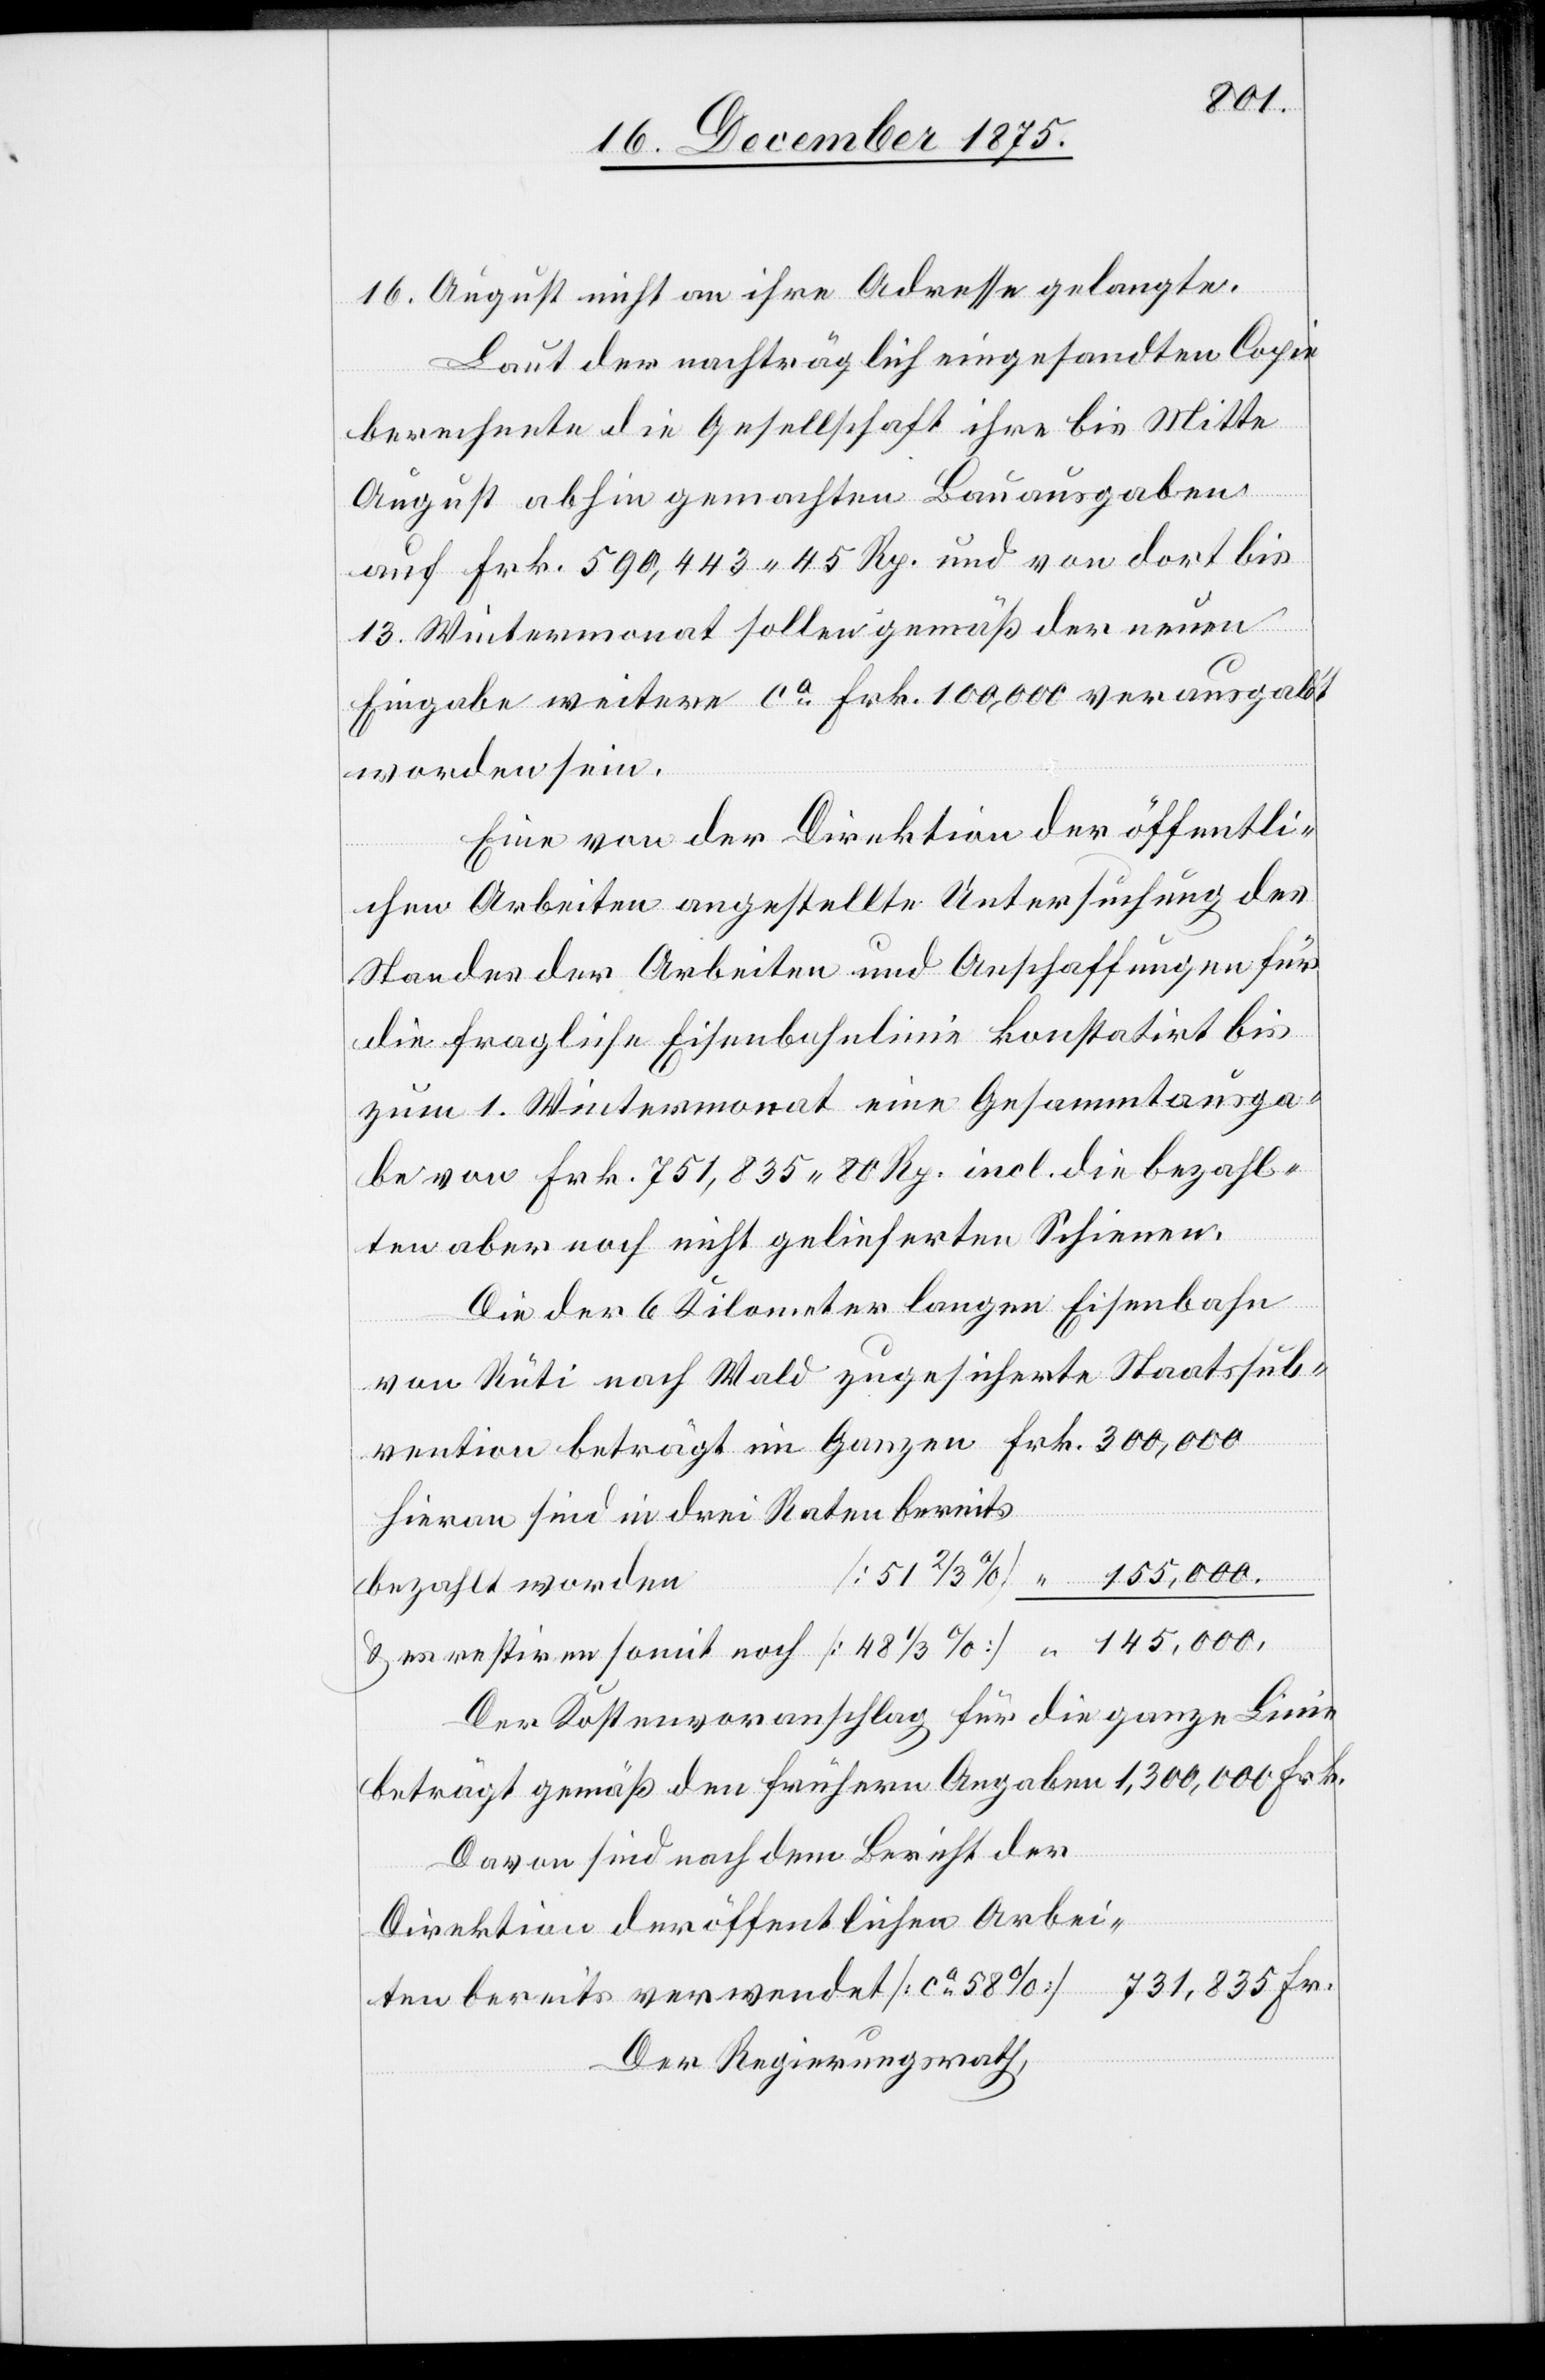
16. August nicht an ihre Adresse gelangte.
Laut der nachträglich eingesandten Copie
berechnete die Gesellschaft ihre bis Mitte
August abhin gemachten Bauausgaben
auf Frk. 590,443 45 Rp. und von dort bis
13. Wintermonat sollen gemäß der neuen
Eingabe weitere ca Frk. 100,000 verausgabt
worden sein.
Eine von der Direktion der öffentli¬
chen Arbeiten angestellte Untersuchung des
Standes der Arbeiten und Anschaffungen für
die fragliche Eisenbahnlinie konstatirt bis
zum 1. Wintermonat eine Gesammtausga¬
be von Frk. 751,835 80 Rp. incl. die bezahl¬
ten aber noch nicht gelieferten Schienen.
Die der 6 Kilometer langen Eisenbahn
noch
von Rüti nach Wald zugesicherte Staatssub¬
Hieran sind in drei Raten bereits
bezahlt worden
Der Kostenvoranschlag für die ganze Linie
beträgt gemäß den frühern Angaben 1,300,000 Frk.
Davon sind nach dem Bericht der
Direktion der öffentlichen Arbei¬
ten bereits verwendet [ca 58%] 731,835 Fr.
Der Regierungsrath,